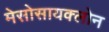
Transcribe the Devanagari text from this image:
मेसोसायक्लोन